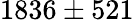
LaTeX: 1836\pm 521